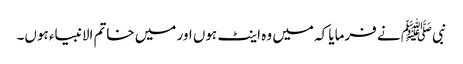
نبیﷺ نے فرمایا کہ میں وہ اینٹ ہوں اور میں خاتم الانبیاء ہوں۔